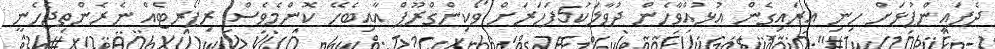
ދެފައިންޕުޅަށް ހިނި އަރައިގެން އުޅުއްވާހެން ދުވާލަކު5ފަހަރަށް ވޯކިންގްރޫޕް އާއިބެހޭ ކޮންމެވެސް ރިޕޯރޓެއް ނެރެންތިޖެހެނީ